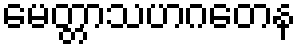
မေတ္တာသဟဂတေန